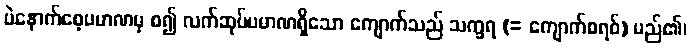
ပဲနောက်စေ့ပမာဏမှ စ၍ လက်ဆုပ်ပမာဏရှိသော ကျောက်သည် သက္ခရ (= ကျောက်စရစ်) မည်၏၊